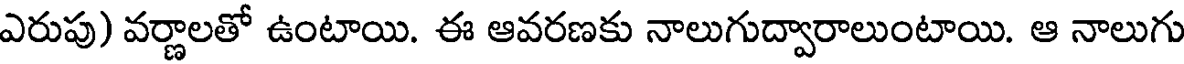
ఎరుపు) వర్ణాలతో ఉంటాయి. ఈ ఆవరణకు నాలుగుద్వారాలుంటాయి. ఆ నాలుగు